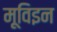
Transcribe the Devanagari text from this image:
मूविइन